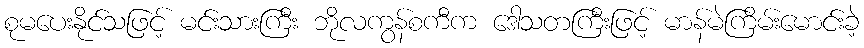
စုမပေးနိုင်သဖြင့် မင်းသားကြီး ဘိုလကွန်စကီက ဒေါသတကြီးဖြင့် မာန်မဲကြိမ်းမောင်းခဲ့